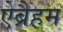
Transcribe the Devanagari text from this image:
ऐब्रैहम